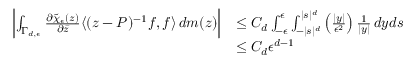
\begin{array} { r l } { \left| \int _ { \Gamma _ { d , \epsilon } } \frac { \partial \tilde { \chi } _ { \epsilon } ( z ) } { \partial \bar { z } } \langle ( z - P ) ^ { - 1 } f , f \rangle \, d m ( z ) \right| } & { \le C _ { d } \int _ { - \epsilon } ^ { \epsilon } \int _ { - | s | ^ { d } } ^ { | s | ^ { d } } \left( \frac { | y | } { \epsilon ^ { 2 } } \right) \frac { 1 } { | y | } \, d y d s } \\ & { \le C _ { d } \epsilon ^ { d - 1 } } \end{array}